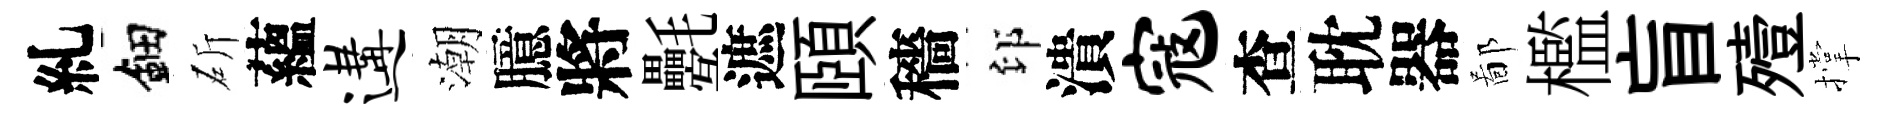
糺鈿斫蘊遘潮臆將氎遮頤穡印潰寇查耽器鄙檻盲殪撑